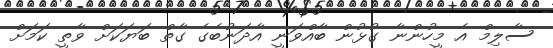
ސާލިމް އެ މީހުންނާ ގުޅުން ބާއްވަނީ އާދަނުބެގެ ގާތް ބަޔަކަށް ވާތީ ކަމަށް